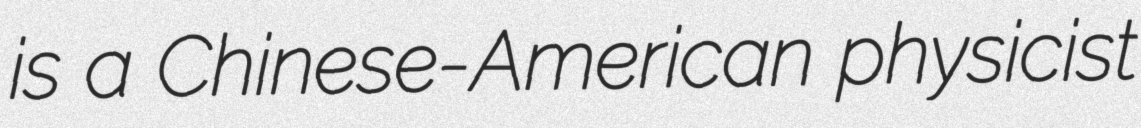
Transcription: is a Chinese-American physicist